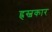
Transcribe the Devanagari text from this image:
ह्रस्वकार